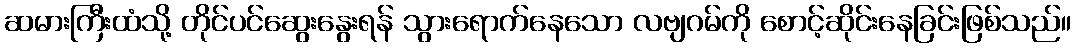
ဆမားကြီးထံသို့ တိုင်ပင်ဆွေးနွေးရန် သွားရောက်နေသော လဗျဂမ်ကို စောင့်ဆိုင်းနေခြင်းဖြစ်သည်။